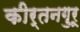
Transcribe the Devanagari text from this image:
कीर्तनगुरू